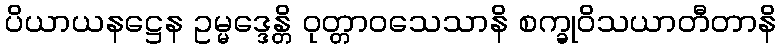
ပိယာယနဋ္ဌေန ဥမ္မဒ္ဒေန္တိ ဝုတ္တာဝသေသာနိ စက္ခုဝိသယာတီတာနိ